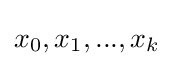
x_{0},x_{1},...,x_{k}